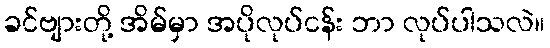
ခင်ဗျားတို့ အိမ်မှာ အပိုလုပ်ငန်း ဘာ လုပ်ပါသလဲ။